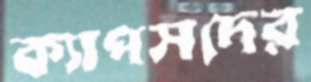
ক্যাপসদের